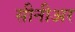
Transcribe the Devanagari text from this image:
सीनीअर